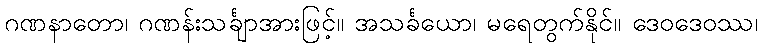
ဂဏနာတော၊ ဂဏန်းသင်္ချာအားဖြင့်။ အသင်္ခယော၊ မရေတွက်နိုင်။ ဒေဝဒေဝဿ၊